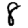
Digit: 8